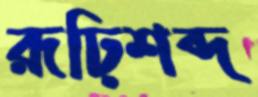
রূঢ়িশব্দ